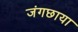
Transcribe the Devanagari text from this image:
जंगछाया